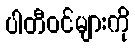
ပါတီဝင်များကို